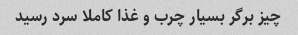
چیز برگر بسیار چرب و غذا کاملا سرد رسید